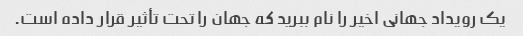
یک رویداد جهانی اخیر را نام ببرید که جهان را تحت تأثیر قرار داده است.